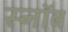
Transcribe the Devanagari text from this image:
स्नॉब